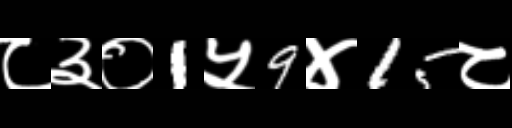
Text: ८३०1५9४15८